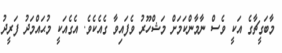
މާބަގީޗާގެ އަކީ ވެސް ނާމާންކަމަށް މަޝްހޫރު ވެފައިވާ ގެއެކެވެ. އެގެއަކީ މުޙައްމަދު ފަރީދު